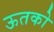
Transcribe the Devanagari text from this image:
ऊतको